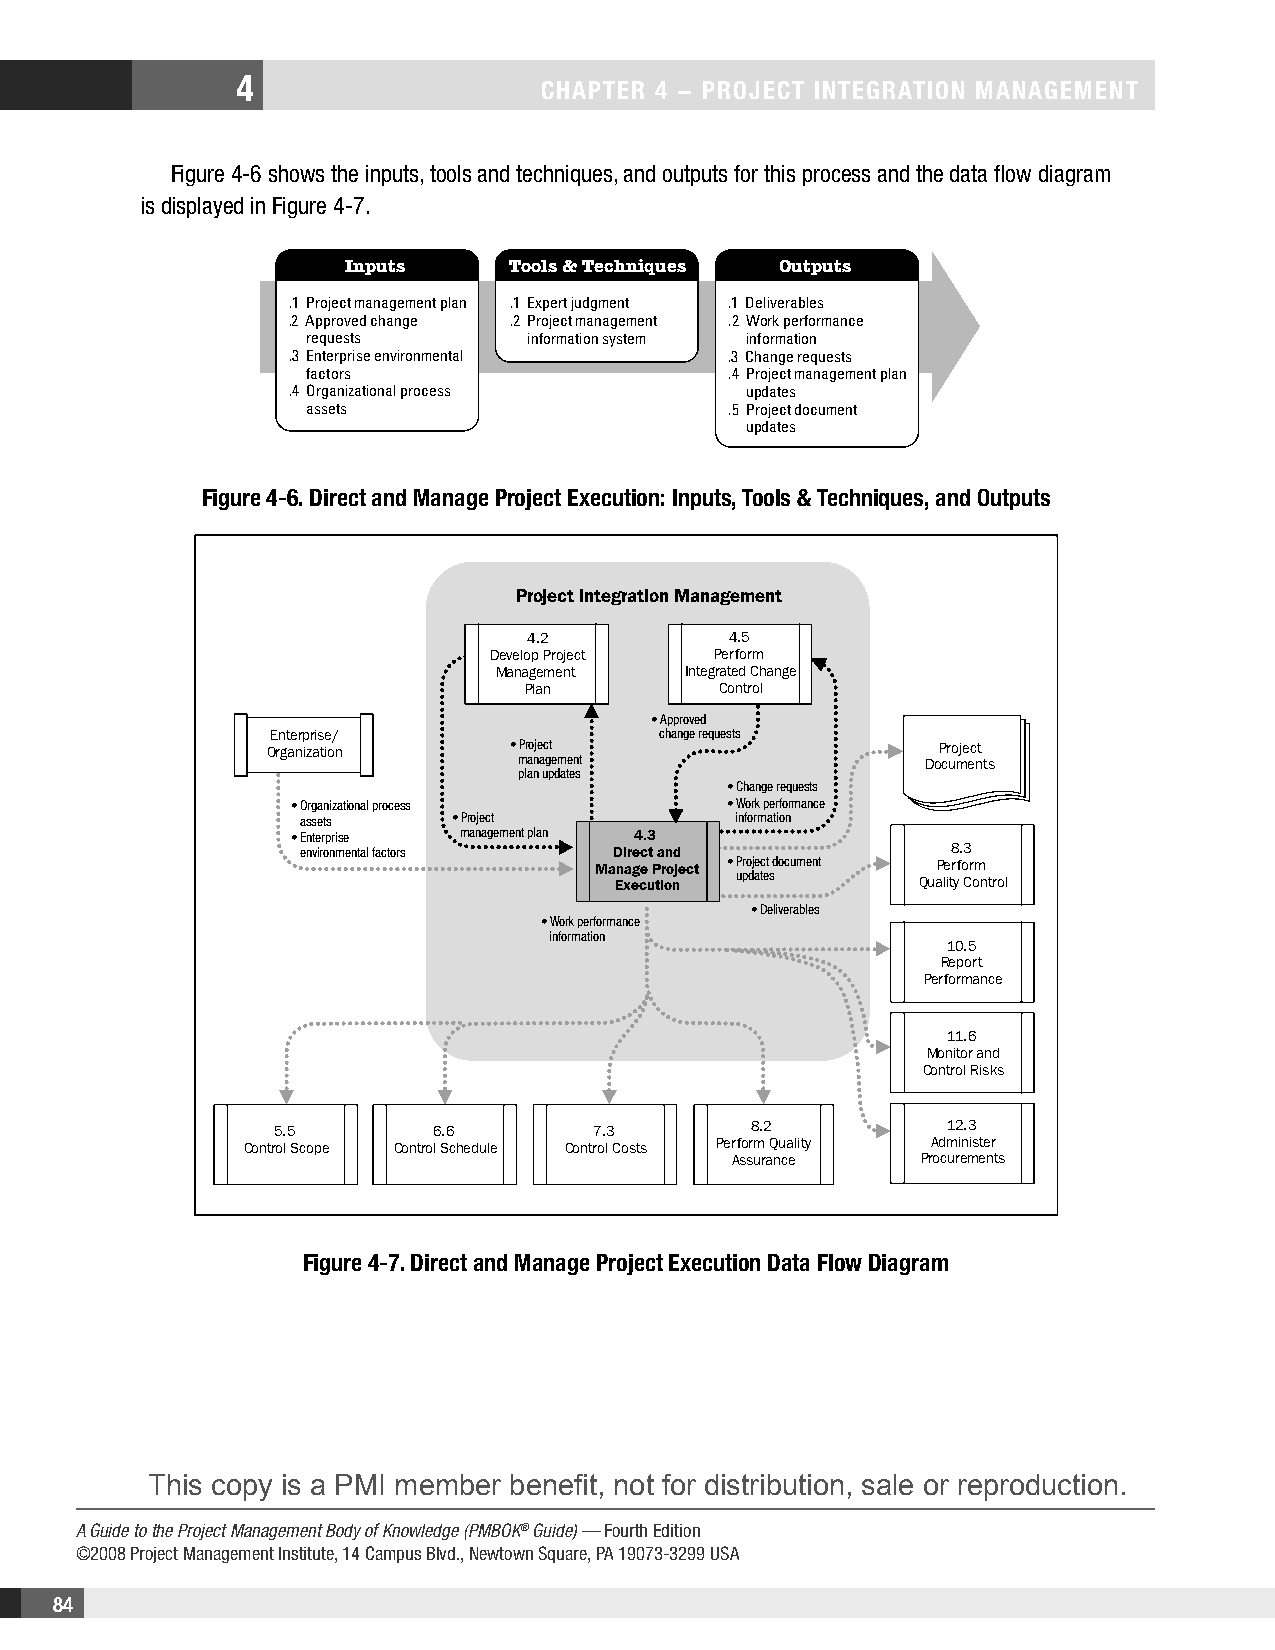
4
 CHaPteR 4 − PRojeCt IntegRatIon management
 Figure 4-6 shows the inputs, tools and techniques, and outputs for this process and the data flow diagram
 is displayed in Figure 4-7.
 Inputs     Tools & Techniques Outputs
 .1 Project management plan .1 Expert judgment .1 Deliverables
 .2 Approved change .2 Project management .2 Work performance
 requests       information system information
 .3 Enterprise environmental  .3 Change requests
 factors                     .4 Project management plan
 .4 Organizational process      updates
 assets                      .5 Project document
 updates
 Figure 4-6. Direct and manage Project execution: Inputs, tools & techniques, and outputs
 Project Integration Management
 4.2          4.5
 Develop Project Perform
 Management   Integrated Change
 Plan         Control
 • Approved
 Enterprise/               change requests
 Organization    • Project                   Project
 management                Documents
 plan updates
 • Change requests
 • Organizational process     • Work performance
 assets    • Project          information
 • Enterprise management plan 4.3
 environmental factors Direct and           8.3
 Manage Project • Project document Perform
 Execution updates   Quality Control
 • Deliverables
 • Work performance
 information
 10.5
 Report
 Performance
 11.6
 Monitor and
 Control Risks
 5.5        6.6       7.3        8.2          12.3
 Control Scope Control Schedule Control Costs Perform Quality Administer
 Assurance   Procurements
 Figure 4-7. Direct and Manage Project Execution Data Flow Diagram
 Figure 4-7. Direct and manage Project execution Data Flow Diagram
 A Guide to the Project Management Body of Knowledge (PMBOK® Guide) – Fourth Edition. ©2008 Project Management Institute, Inc. All Rights Reserved.
 This copy is a PMI member benefit, not for distribution, sale or reproduction.
 A Guide to the Project Management Body of Knowledge (PMBOK® Guide) — Fourth Edition
 ©2008 Project Management Institute, 14 Campus Blvd., Newtown Square, PA 19073-3299 USA
 84